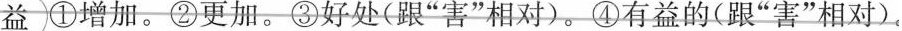
益①增加。②更加。③好处(跟“害”相对)。④有益的(跟“害”相对)。